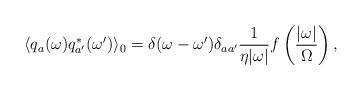
LaTeX: \begin{align*}\langle q_a(\omega)q_{a'}^{*}(\omega ') \rangle_0=\delta (\omega-\omega ') \delta_{aa'}\frac{1}{\eta |\omega|}f \left ( \frac{|\omega|}{\Omega} \right ),\end{align*}